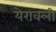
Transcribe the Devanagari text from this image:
येरावली